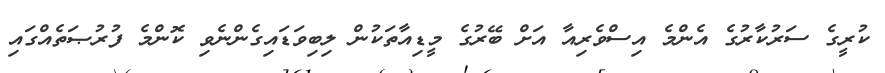
ކުރީގެ ސަރުކާރުގެ އެންމެ އިސްވެރިއާ އަށް ބޭރުގެ މީޑިއާތަކުން ލިބިވަޑައިގެންނެވި ކޮންމެ ފުރުޞަތެއްގައި